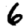
Digit: 6